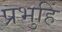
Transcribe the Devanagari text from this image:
प्रभुहिं